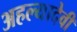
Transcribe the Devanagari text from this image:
अहल्यादेवी